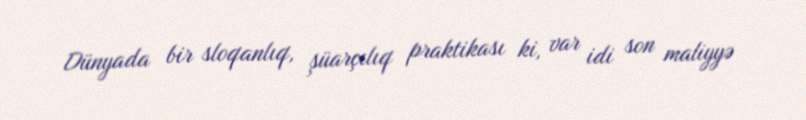
Dünyada bir sloqanlıq, şüarçılıq praktikası ki, var idi son maliyyə